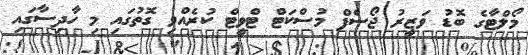
މޯލްޓާގެ ބޮޑު ވަޒީރު ޖޯސެފް މުސްކަޓް ޓްވީޓް ކުރެއްވި ގޮތުގައި މި ހާދިސާގައި